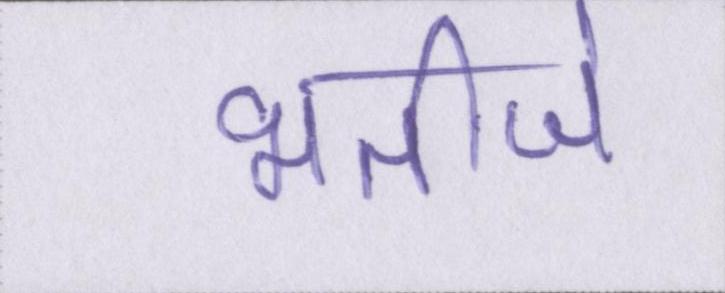
भतीजे